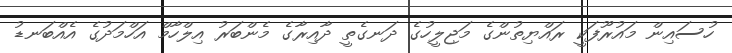
ހުސައިން މައުރޫފަކީ ރައްޔިތުންގެ މަޖިލީހުގެ ދަނގެތީ ދާއިރާގެ މެންބަރު އިލްހާމް އަހްމަދުގެ އެއްބަނޑު